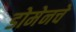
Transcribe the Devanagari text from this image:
डोमेनचे